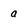
Character: a